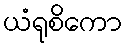
ယံရုစိကော